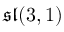
{ \mathfrak { s l } } ( 3 , 1 )